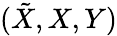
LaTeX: (\tilde{X},X,Y)